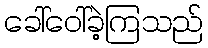
ခေါ်ဝေါ်ခဲ့ကြသည်